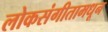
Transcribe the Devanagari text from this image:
लोकसंगीतामधून